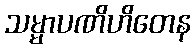
သမ္မာပဏိဟိတေန